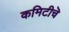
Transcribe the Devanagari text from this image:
कमिटीचॆ